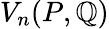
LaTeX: V_{n}(P,\mathbb{Q})